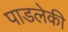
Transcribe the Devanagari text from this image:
पाडलेकी